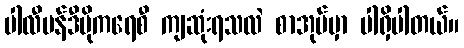
ပါလီမန်ဒီမိုကရေစီ ကျဆုံးရသလဲ စာအုပ်မှာ ပါရှိပါတယ်။